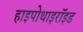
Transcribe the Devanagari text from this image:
हाइपोथाइरॉइड